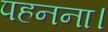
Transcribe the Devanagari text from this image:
पहनना।